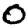
Digit: 0